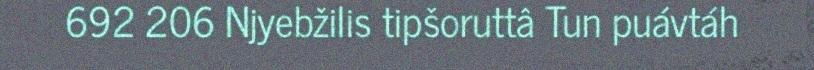
692 206 Njyebžilis tipšoruttâ Tun puávtáh